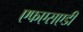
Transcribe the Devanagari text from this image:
एफएसएडी